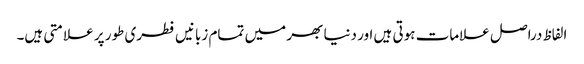
الفاظ دراصل علامات ہوتی ہیں اور دنیا بھر میں تمام زبانیں فطری طور پر علامتی ہیں۔